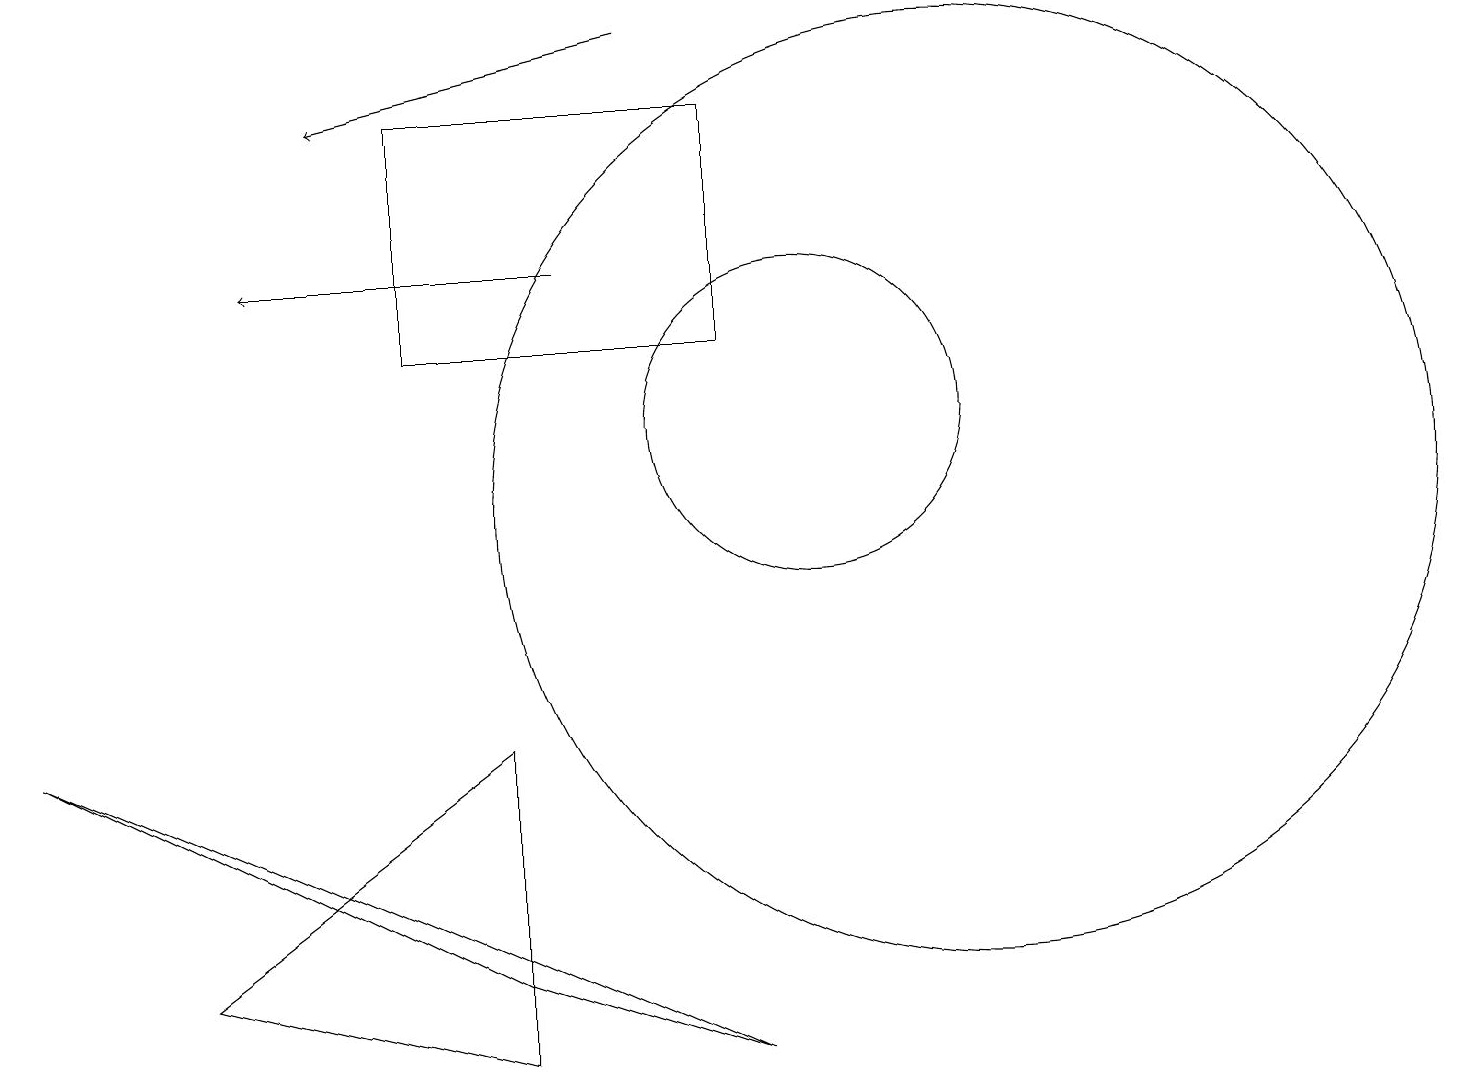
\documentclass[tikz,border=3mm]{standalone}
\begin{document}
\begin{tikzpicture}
\draw (5,12) rectangle (9,15);
\draw[->] (7,13) -- (3,13);
\draw[->] (8,16) -- (4,15);
\draw (6,3) -- (2,4) -- (6,7) -- cycle;
\draw (6,4) -- (0,7) -- (9,3) -- cycle;
\draw (10,11) circle (2);
\draw (12,10) circle (6);
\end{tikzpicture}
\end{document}